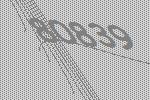
80839